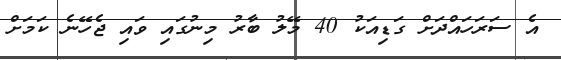
އެ ސަރަހައްދަށް ގަޑިއަކު 40 މޭލު ބާރު މިނުގައި ވައި ޖެހޭނެ ކަމަށް